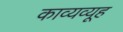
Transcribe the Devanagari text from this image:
काव्यव्यूह